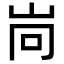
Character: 𡶝